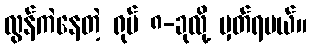
လွန်ကဲနေတဲ့ ရုပ် ၈-ခုလို့ မှတ်ရမယ်။